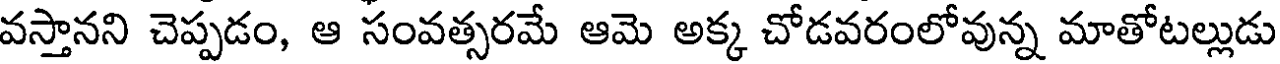
వస్తానని చెప్పడం, ఆ సంవత్సరమే ఆమె అక్క చోడవరంలోవున్న మాతోటల్లుడు